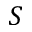
S